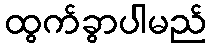
ထွက်ခွာပါမည်